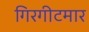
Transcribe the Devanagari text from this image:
गिरगीटमार